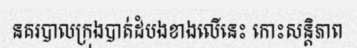
នគរបាលក្រុងបាត់ដំបងខាងលើនេះ កោះសន្តិភាព